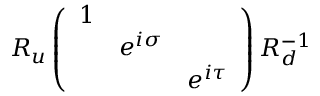
R _ { u } \left( \begin{array} { c c c } { { 1 } } & { { } } & { { } } \\ { { } } & { { e ^ { i \sigma } } } & { { } } \\ { { } } & { { } } & { { e ^ { i \tau } } } \end{array} \right) R _ { d } ^ { - 1 }